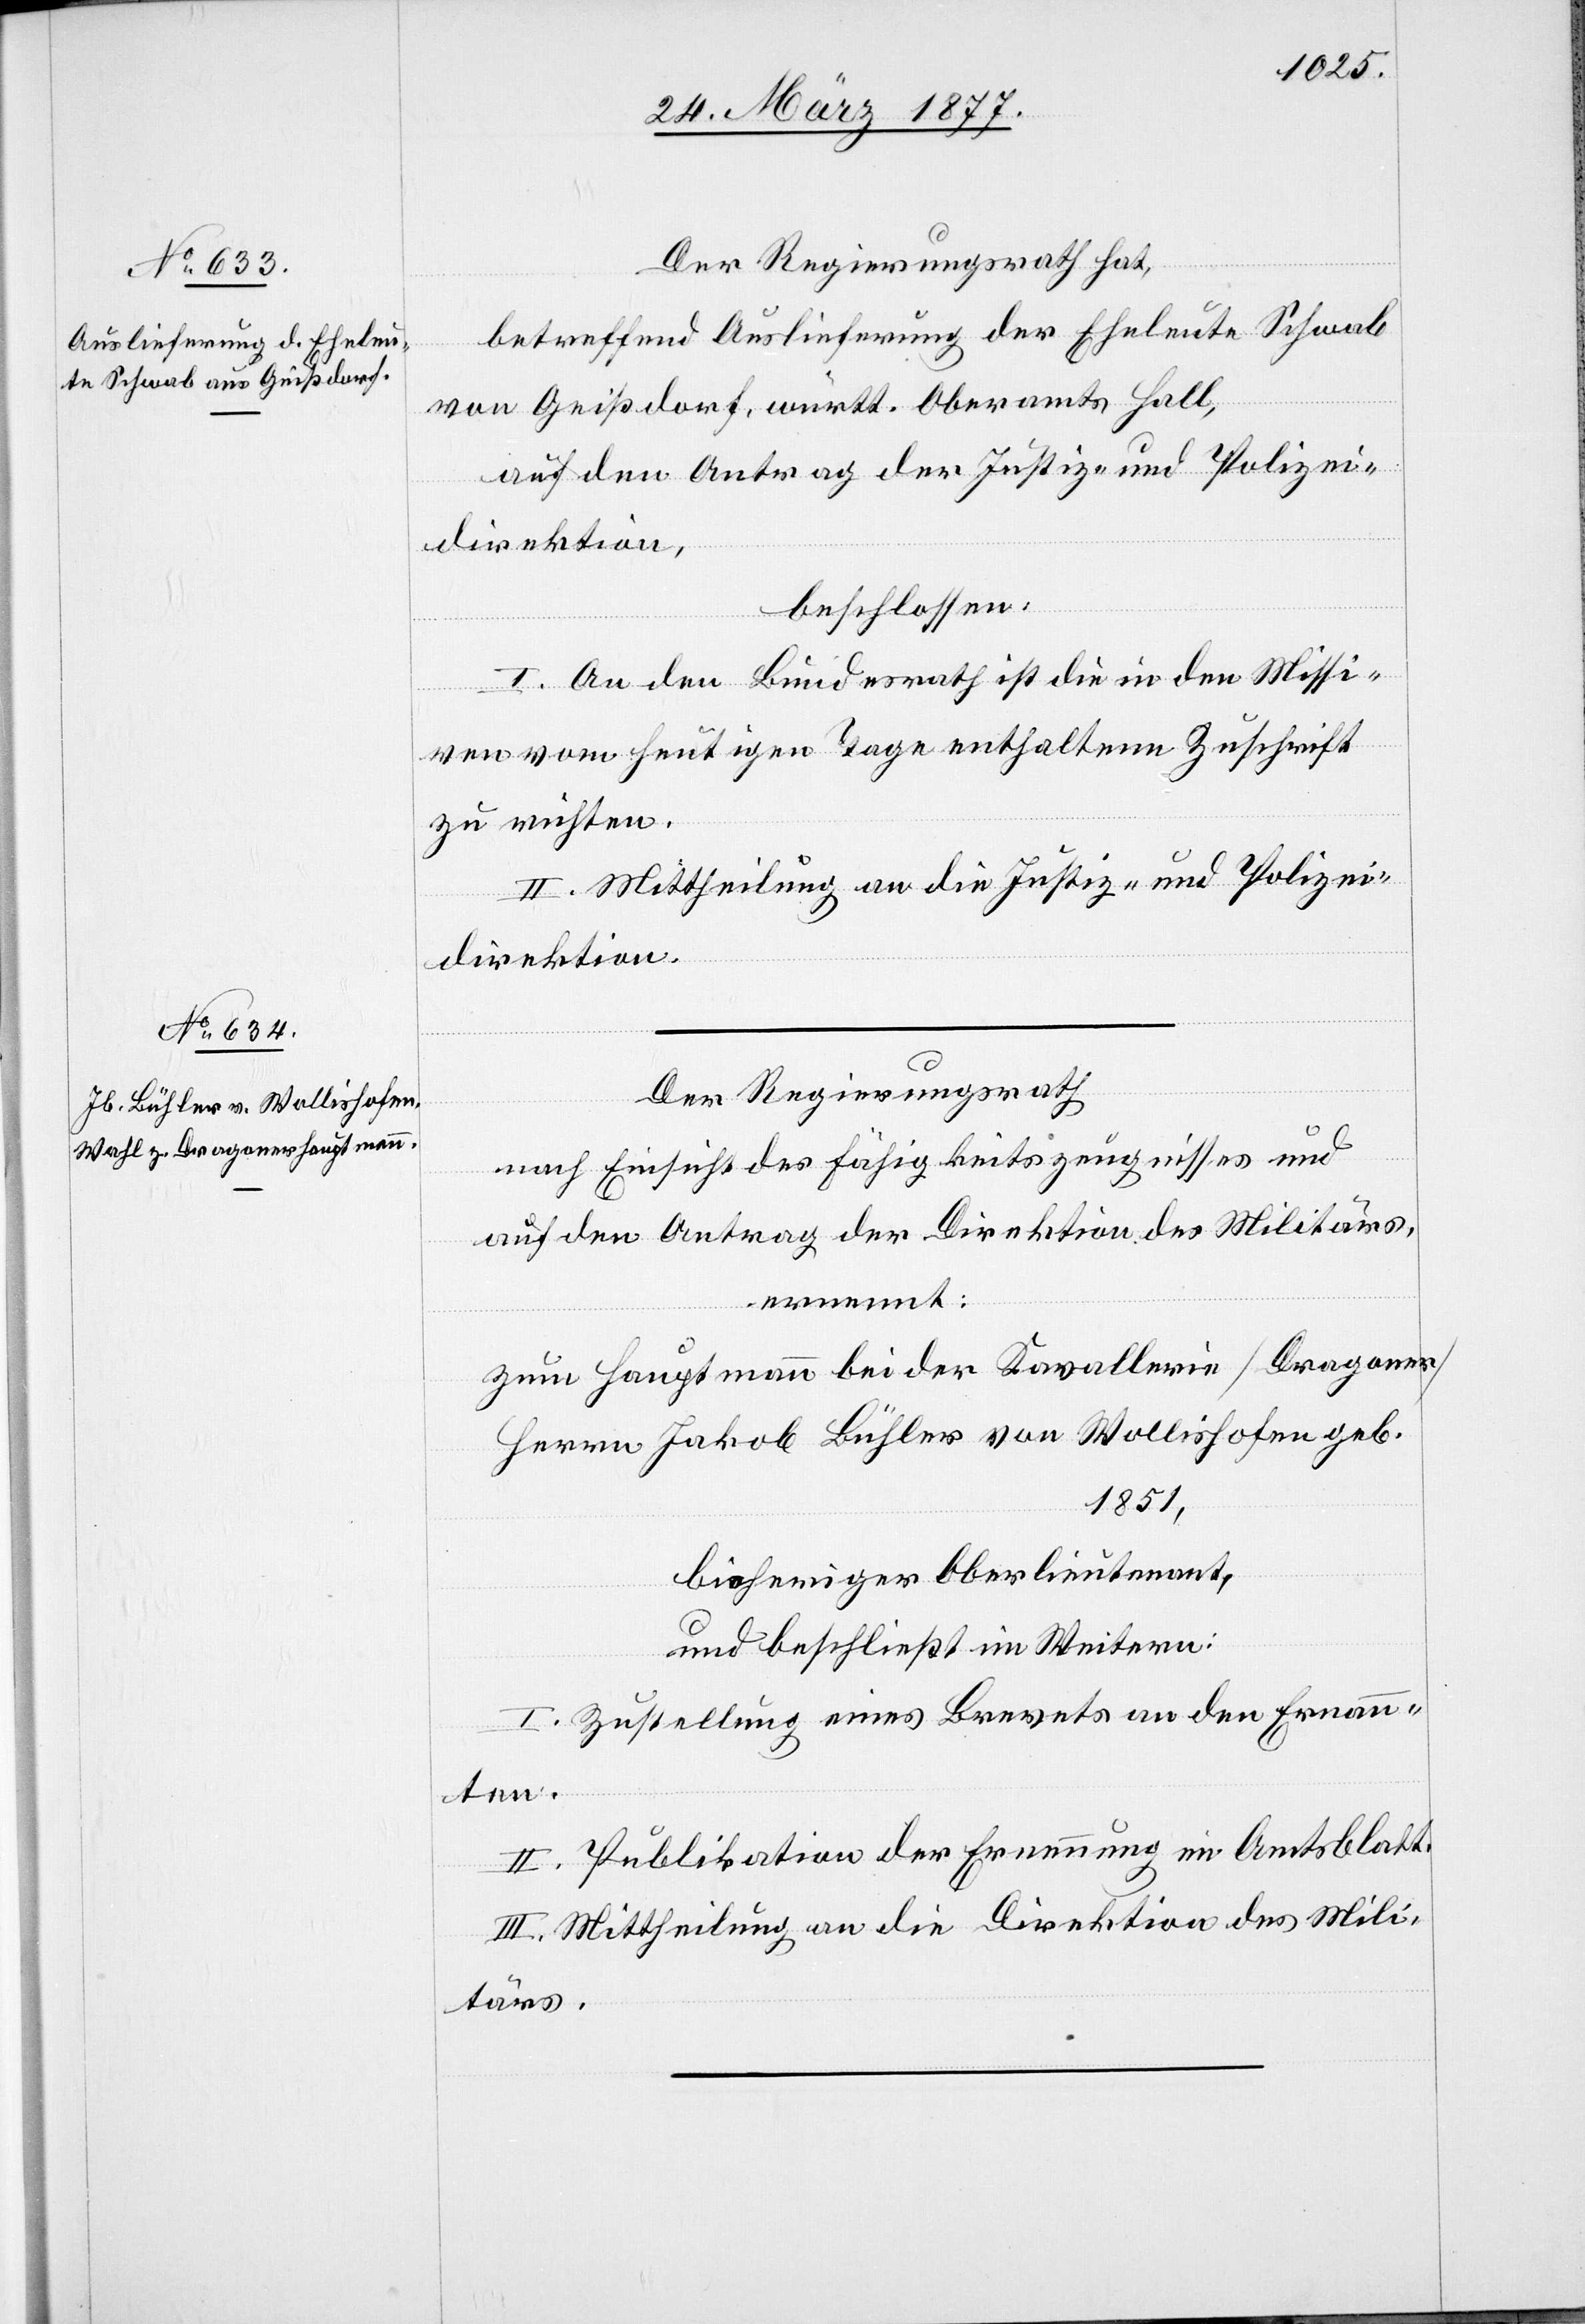
Der Regierungsrath hat,
betreffend Auslieferung der Eheleute Schwab
von Geißdorf, württ. Oberamts Hall,
auf den Antrag der Justiz- und Polizei¬
direktion,
beschlossen:
I. An den Bundesrath ist die in den Missi¬
ven vom heutigen Tage enthaltene Zuschrift
zu richten.
II. Mittheilung an die Justiz- und Polizei¬
direktion.
Der Regierungsrath
nach Einsicht des Fähigkeitszeugnisses und
auf den Antrag der Direktion des Militärs,
ernennt:
zum Hauptmann bei der Kavallerie [Dragoner]
Herrn Jakob Bühler von Wollishofen geb.
1851,
bisheriger Oberlieutenant,
und beschließt im Weitern:
I. Zustellung eines Brevets an den Ernan¬
nten.
II. Publikation der Ernennung im Amtsblatt.
III. Mittheilung an die Direktion des Mili¬
tärs.